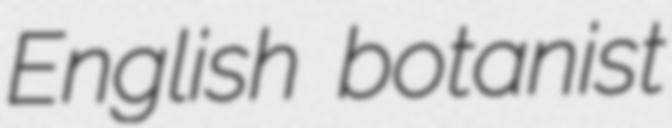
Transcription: English botanist